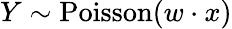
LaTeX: Y\sim\textrm{Poisson}(w\cdot x)